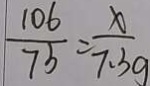
\frac { 1 0 6 } { 7 5 } = \frac { x } { 7 . 3 g }